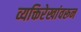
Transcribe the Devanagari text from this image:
व्यक्तिरेखांवरून